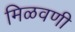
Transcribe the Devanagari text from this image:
मिळवणी